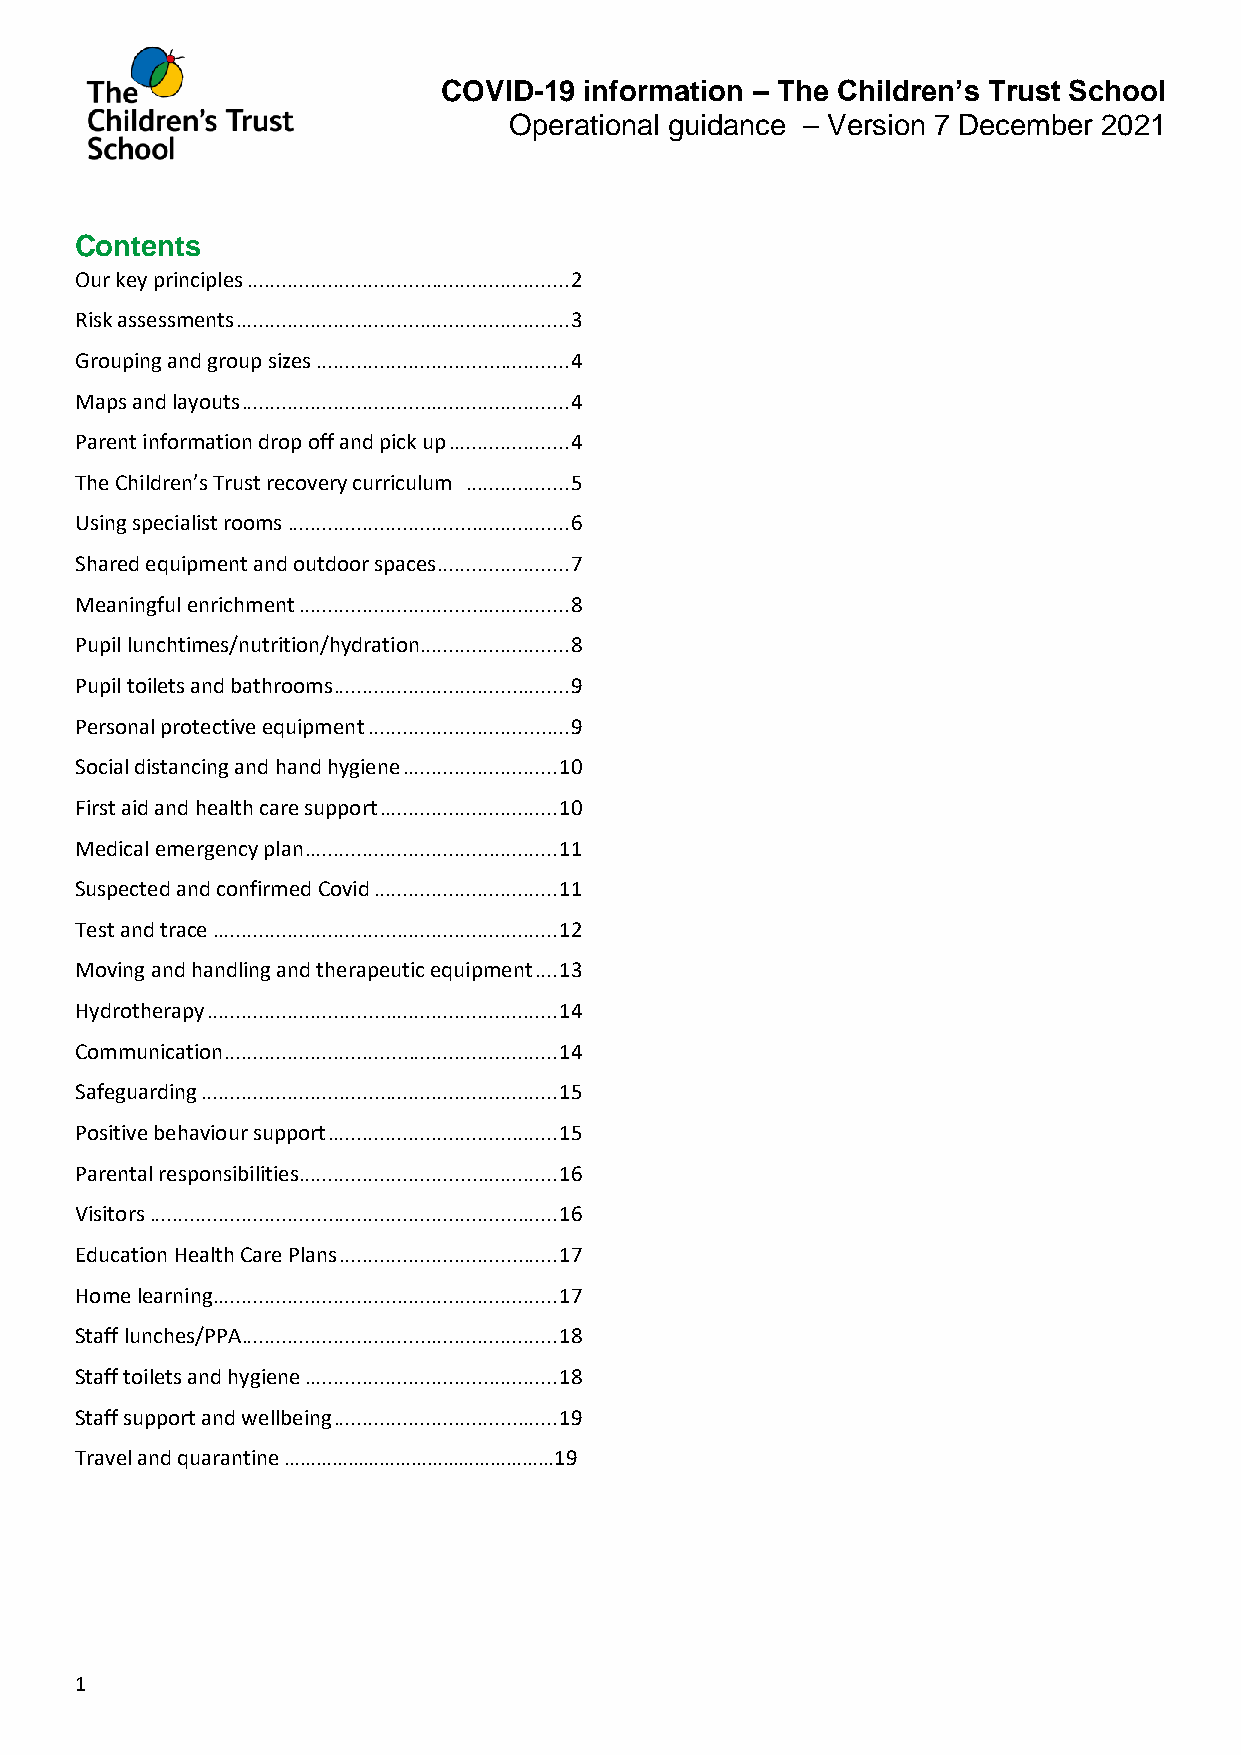
COVID-19  information – The Children’s Trust School
 Operational guidance – Version 7 December 2021
 Contents
 Our key principles ........................................................ 2
 Risk assessments .......................................................... 3
 Grouping and group sizes ............................................ 4
 Maps and layouts ......................................................... 4
 Parent information drop off and pick up ..................... 4
 The Children’s Trust recovery curriculum .................. 5
 Using specialist rooms ................................................. 6
 Shared equipment and outdoor spaces ....................... 7
 Meaningful enrichment ............................................... 8
 Pupil lunchtimes/nutrition/hydration .......................... 8
 Pupil toilets and bathrooms ......................................... 9
 Personal protective equipment ................................... 9
 Social distancing and hand hygiene ........................... 10
 First aid and health care support ............................... 10
 Medical emergency plan ............................................ 11
 Suspected and confirmed Covid ................................ 11
 Test and trace ............................................................ 12
 Moving and handling and therapeutic equipment .... 13
 Hydrotherapy ............................................................. 14
 Communication .......................................................... 14
 Safeguarding .............................................................. 15
 Positive behaviour support ........................................ 15
 Parental responsibilities ............................................. 16
 Visitors ....................................................................... 16
 Education Health Care Plans ...................................... 17
 Home learning ............................................................ 17
 Staff lunches/PPA ....................................................... 18
 Staff toilets and hygiene ............................................ 18
 Staff support and wellbeing ....................................... 19
 Travel and quarantine ……………………………………………19
 1